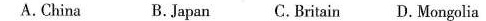
A.China B.Japan C.Britain D. Mongolia